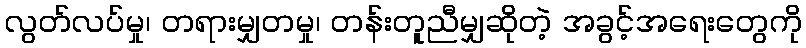
လွတ်လပ်မှု၊ တရားမျှတမှု၊ တန်းတူညီမျှဆိုတဲ့ အခွင့်အရေးတွေကို